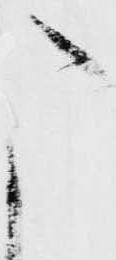
う